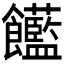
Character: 𩟺